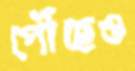
পৌঁছেও